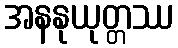
အနနုယုတ္တဿ